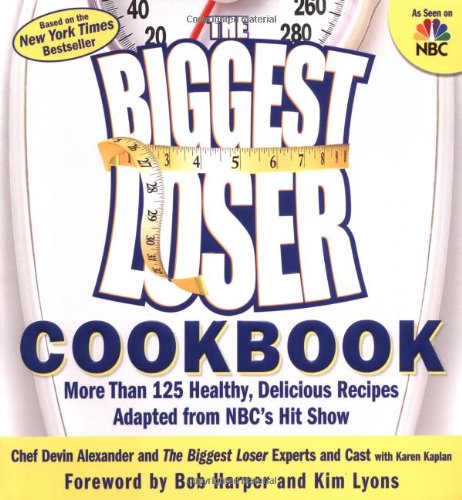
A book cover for The Biggest Loser Cookbook: More Than 125 Healthy, Delicious Recipes Adapted from NBC's Hit Show; Devin Alexander; Health, Fitness & Dieting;